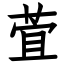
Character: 萓